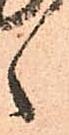
之